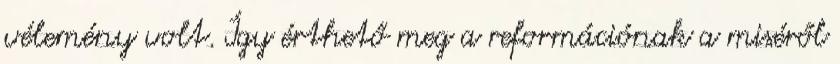
vélemény volt. Így érthető meg a reformációnak a miséről